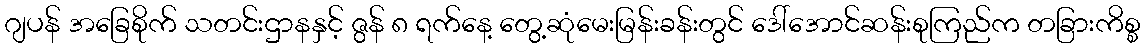
ဂျပန် အခြေစိုက် သတင်းဌာနနှင့် ဇွန် ၈ ရက်နေ့ တွေ့ဆုံမေးမြန်းခန်းတွင် ဒေါ်အောင်ဆန်းစုကြည်က တခြားကိစ္စ